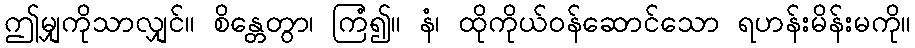
ဤမျှကိုသာလျှင်။ စိန္တေတွာ၊ ကြံ၍။ နံ၊ ထိုကိုယ်ဝန်ဆောင်သော ရဟန်းမိန်းမကို။